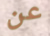
عن